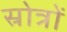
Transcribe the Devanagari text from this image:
स्रोत्रों